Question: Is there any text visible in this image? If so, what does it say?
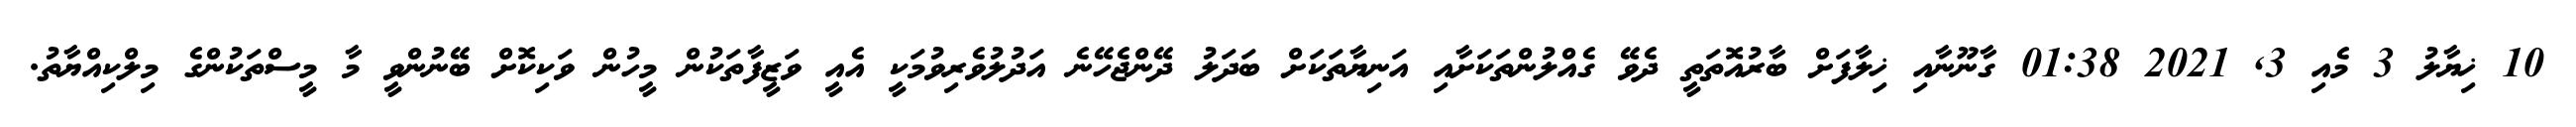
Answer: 10 ޚިޔާލު 3 މެއި 3, 2021 01:38 ގާނޫނާއި ޚިލާފަށް ބާރުއޮތަތީ ދެވޭ ގެއްލުންތަކަށާއި އަނިޔާތަކަށް ބަދަލު ދޭންޖެހޭނެ އަދުލުވެރިވުމަކީ އެއީ ވަޒީފާތަކުން މީހުން ވަކިކޮށް ބޭނުންވީ މާ މީސްތަކުންގެ މިލްކިއްޔާތު.